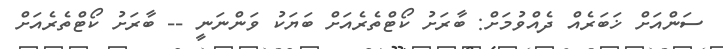
ސަންއަށް ޚަބަރެއް ދެއްވުމަށް: ބާރަށު ކޯޓްތެރެއަށް ބަޔަކު ވަންނަނީ -- ބާރަށު ކޯޓްތެރެއަށް